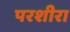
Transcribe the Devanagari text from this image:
परशीरा